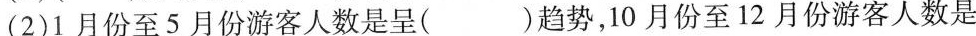
(2)1月份至5月份游客人数是呈( )趋势，10月份至12月份游客人数是